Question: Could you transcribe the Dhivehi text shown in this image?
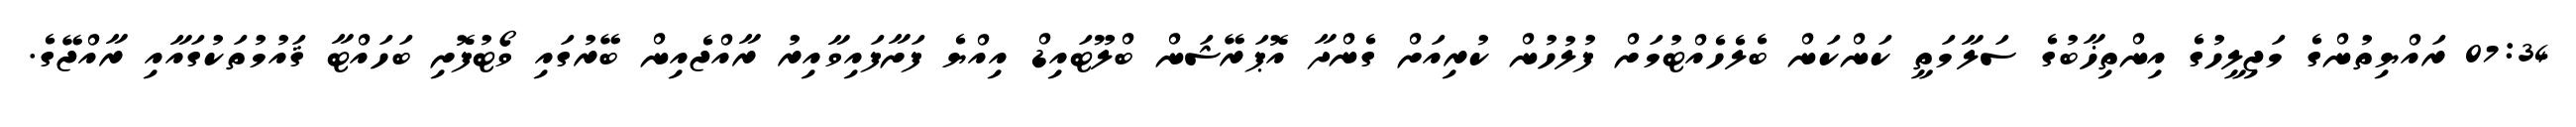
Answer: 07:34 ރައްޔިތުންގެ މަޖިލީހުގެ އިންތިޚާބުގެ ސަލާމަތީ ކަންކަން ބެލެހެއްޓުމަށް ފުލުހުން ކުރިއަށް ގެންދާ އޮޕަރޭޝަން ބްލޫޓައިޑް އިއްޔެ ފަށާފައިވާއިރު ރާއްޖެއިން ބޭރުގައި ވޯޓުފޮށި ބަހައްޓާ ޤައުމުތަކުގައާއި ރާއްޖޭގެ.